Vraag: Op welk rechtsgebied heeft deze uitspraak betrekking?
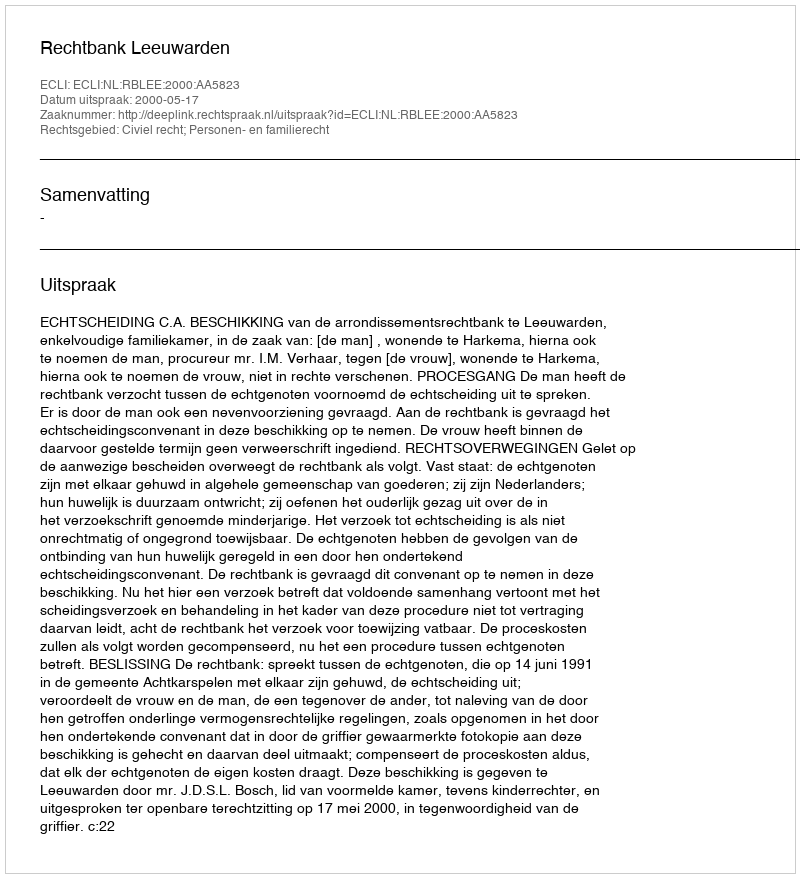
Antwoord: Civiel recht; Personen- en familierecht